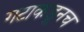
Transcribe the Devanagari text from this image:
गटाकडूनच